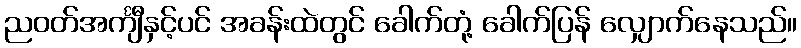
ညဝတ်အင်္ကျီနှင့်ပင် အခန်းထဲတွင် ခေါက်တုံ့ ခေါက်ပြန် လျှောက်နေသည်။